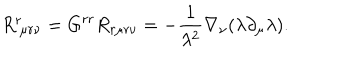
LaTeX: R _ { \ \mu r \nu } ^ { r } = G ^ { r r } R _ { r \mu r \nu } = - \frac { 1 } { \lambda ^ { 2 } } \nabla _ { \nu } ( \lambda \partial _ { \mu } \lambda ) .